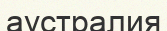
аустралия